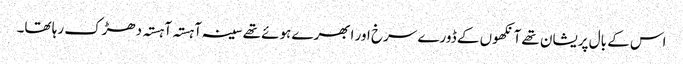
اس کے بال پریشان تھے آنکھوں کے ڈورے سرخ اور ابھرے ہوئے تھے سینہ آہستہ آہستہ دھڑک رہا تھا۔